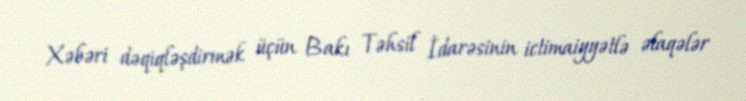
Xəbəri dəqiqləşdirmək üçün Bakı Təhsil İdarəsinin ictimaiyyətlə əlaqələr